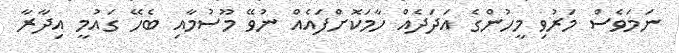
ނަމަވެސް މަރުވި މީހުންގެ އަދަދެއް ހާމަކޮށްފައެއް ނުވޭ މޫސުމާއި ބެހޭ ގައުމީ އިދާރާ